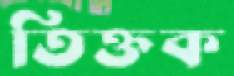
তিক্তক